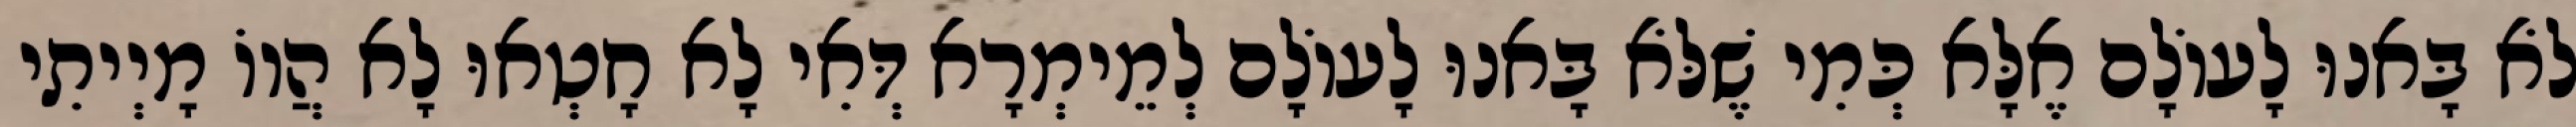
לֹא בָּאנוּ לָעוֹלָם אֶלָּא כְּמִי שֶׁלֹּא בָּאנוּ לָעוֹלָם לְמֵימְרָא דְּאִי לָא חָטְאוּ לָא הֲווֹ מָיְיתִי